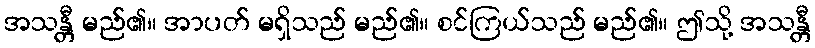
အသန္တီ မည်၏။ အာပတ် မရှိသည် မည်၏။ စင်ကြယ်သည် မည်၏။ ဤသို့ အသန္တီ